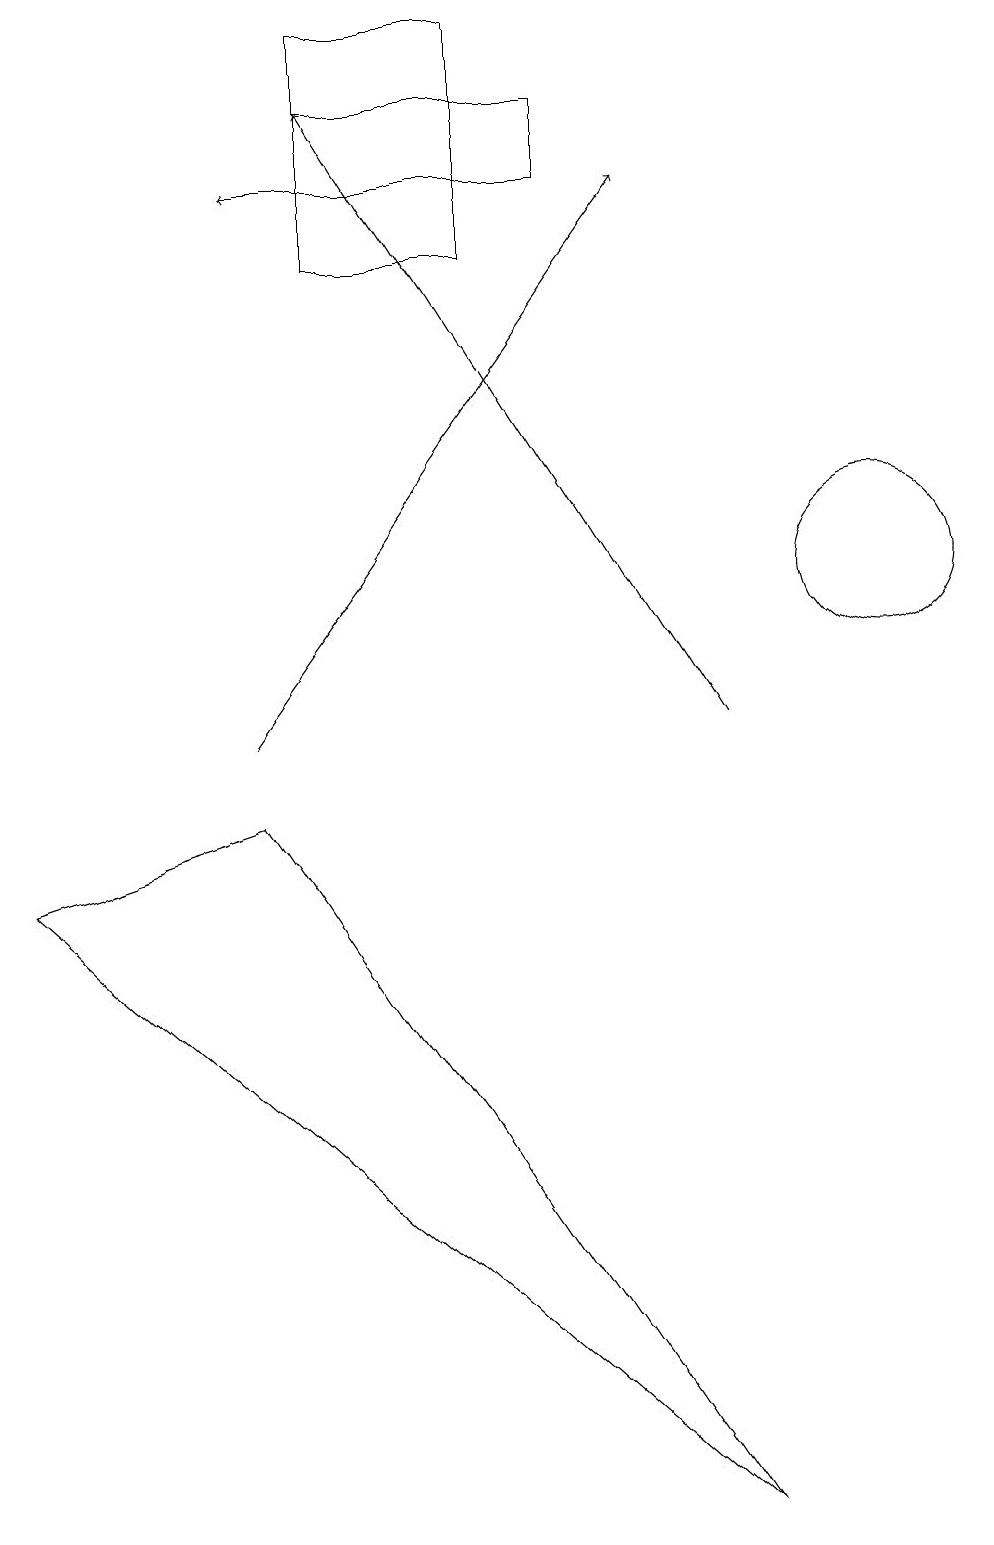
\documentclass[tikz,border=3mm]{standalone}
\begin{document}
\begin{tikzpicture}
\draw[->] (5,17) -- (3,17);
\draw (10,12) circle (0);
\draw (6,16) rectangle (4,19);
\draw (0,8) -- (3,9) -- (9,0) -- cycle;
\draw (4,17) rectangle (7,18);
\draw[->] (3,10) -- (8,17);
\draw (11,12) circle (1);
\draw[->] (9,10) -- (4,18);
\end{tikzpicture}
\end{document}